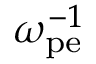
\omega _ { \mathrm { p e } } ^ { - 1 }